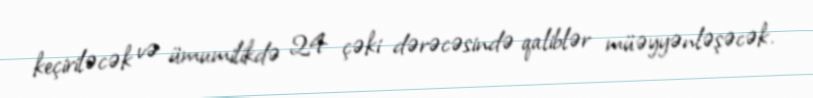
keçiriləcək və ümumilikdə 24 çəki dərəcəsində qaliblər müəyyənləşəcək.